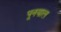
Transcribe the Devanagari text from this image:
पूनयाल